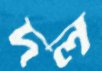
দল